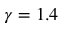
\gamma = 1 . 4